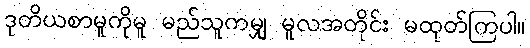
ဒုတိယစာမူကိုမူ မည်သူကမျှ မူလအတိုင်း မထုတ်ကြပါ။